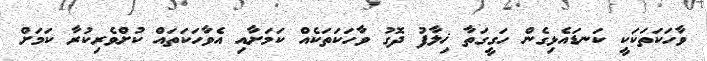
ވާހަކަތަކަކީ ކަނޑައެޅިގެން ހަގީގަތާ ޚިލާފު ދޮގު ވާހަކަތަކެއް ކަމަށާއި އެވާހަކަތައް ކުށްވެރިކުރާ ކަމަށް